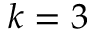
k = 3